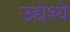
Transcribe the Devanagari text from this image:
उद्येश्ये